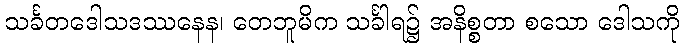
သင်္ခတဒေါသဒဿနေန၊ တေဘူမိက သင်္ခါရ၌ အနိစ္စတာ စသော ဒေါသကို